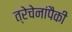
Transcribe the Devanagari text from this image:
त्रेचेनांपैकी